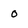
Character: 0